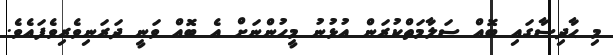
މި ޙާދިސާގައި ބޮއް ސަލާމަތްކުރަން އުޅުނު މީހުންނަށް އެ ބޮއް ވަނީ ދަރަނިވެރިވެފައެވެ.